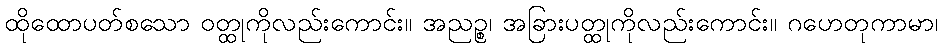
ထိုထောပတ်စသော ဝတ္ထုကိုလည်းကောင်း။ အညဉ္စ၊ အခြားပတ္ထုကိုလည်းကောင်း။ ဂဟေတုကာမာ၊